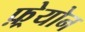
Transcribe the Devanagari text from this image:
फ़्रेयोन